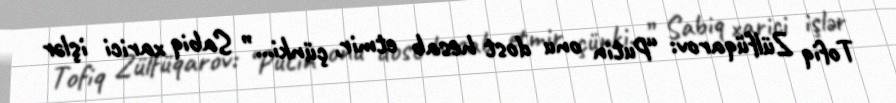
Tofiq Zülfüqarov: “Putin onu dost hesab etmir, çünki...” Sabiq xarici işlər